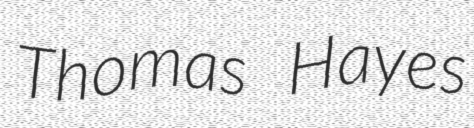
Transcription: Thomas Hayes